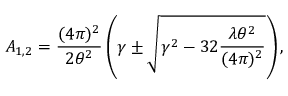
A _ { 1 , 2 } = \frac { ( 4 \pi ) ^ { 2 } } { 2 \theta ^ { 2 } } \left( \gamma \pm \sqrt { \gamma ^ { 2 } - 3 2 \frac { \lambda \theta ^ { 2 } } { ( 4 \pi ) ^ { 2 } } } \right) ,